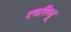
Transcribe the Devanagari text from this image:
एचरिव्यू